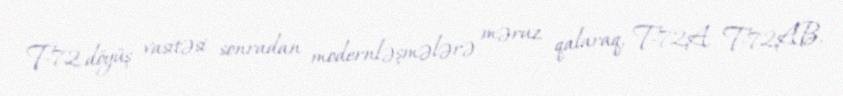
T-72 döyüş vasitəsi sonradan modernləşmələrə məruz qalaraq, T-72A, T-72AB,